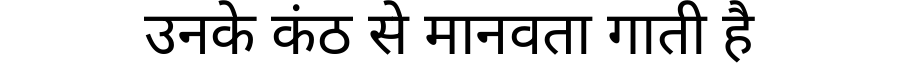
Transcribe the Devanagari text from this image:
उनके कंठ से मानवता गाती है